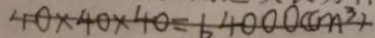
4 0 \times 4 0 \times 4 0 = 6 4 0 0 0 ( c m ^ { 3 } )